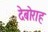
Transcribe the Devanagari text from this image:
देबोराह